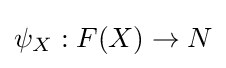
\psi _{X}:F(X)\to N